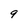
Character: 9